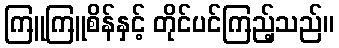
ကြူကြူစိန်နှင့် တိုင်ပင်ကြည့်သည်။